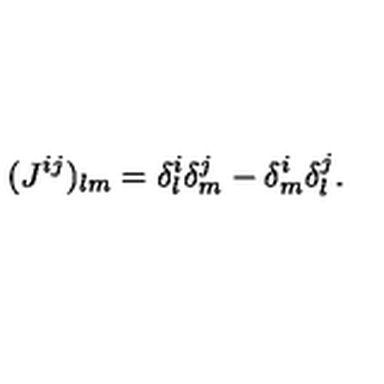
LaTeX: ( J ^ { i j } ) _ { l m } = \delta _ { l } ^ { i } \delta _ { m } ^ { j } - \delta _ { m } ^ { i } \delta _ { l } ^ { j } .